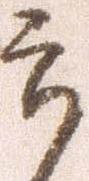
郎